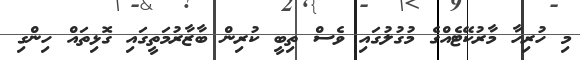
މި ހުރިހާ މާރުކޭޓެއްގެ މުގުލުގައި ވެސް ތިބީ ކުރިން ބާޒާރުމަތީގައި ގޮޅިތައް ހިންގި